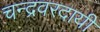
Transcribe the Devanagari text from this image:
चन्द्रवरदायी